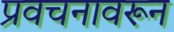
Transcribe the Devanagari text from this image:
प्रवचनावरून